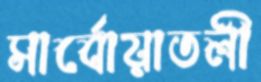
সার্বোয়াতলী